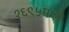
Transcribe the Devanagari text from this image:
१६९५मध्ये